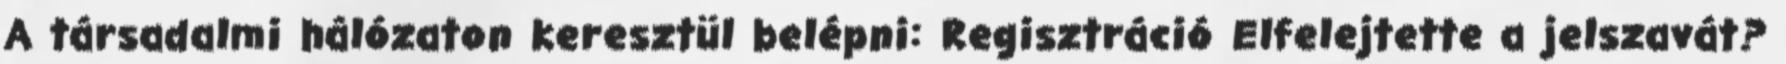
A társadalmi hálózaton keresztül belépni: Regisztráció Elfelejtette a jelszavát?